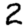
Digit: 2